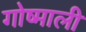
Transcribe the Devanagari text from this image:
गोष्माली